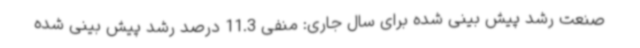
صنعت رشد پیش بینی شده برای سال جاری: منفی 11.3 درصد رشد پیش بینی شده